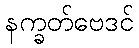
နက္ခတ်ဗေဒင်